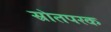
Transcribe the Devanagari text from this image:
स्रोतपरक